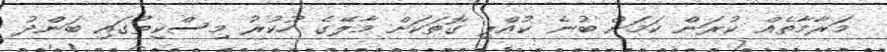
މަރާމާތެއް ކުރަން ކަމަށް ބުނެ ކުއްލި ގޮތަކަށް މާލޭގެ ހުކުުރު މިސްކިތުގައި ބަންދު